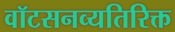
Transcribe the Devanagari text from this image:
वॉटसनव्यतिरिक्त